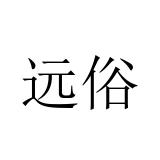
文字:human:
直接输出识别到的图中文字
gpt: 远俗